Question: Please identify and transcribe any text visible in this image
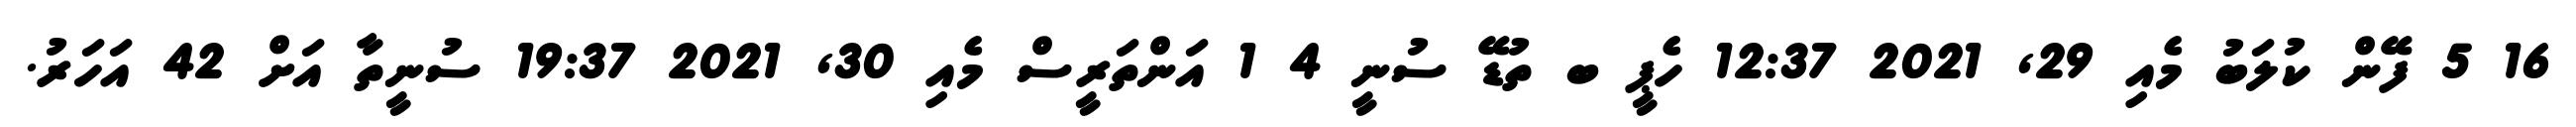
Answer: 16 5 ފޭން ކުލަބު މެއި 29, 2021 12:37 ހެޕީ ބ ތުޑޭ ސުނީ 4 1 އަންތަރީސް މެއި 30, 2021 19:37 ސުނީތާ އަށް 42 އަހަރު.